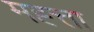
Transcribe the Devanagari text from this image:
मह्त्ता